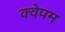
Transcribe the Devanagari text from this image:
क्वेपम